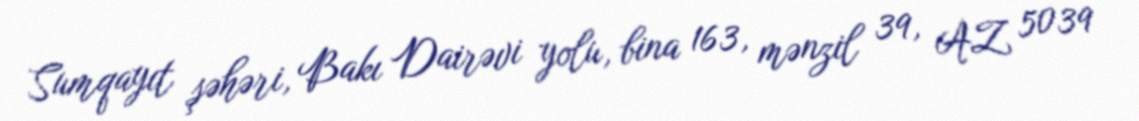
Sumqayıt şəhəri, Bakı Dairəvi yolu, bina 163, mənzil 39, AZ 5039